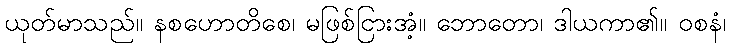
ယုတ်မာသည်။ နစဟောတိစေ၊ မဖြစ်ငြားအံ့။ ဘောတော၊ ဒါယကာ၏။ ဝစနံ၊